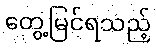
တွေ့မြင်ရသည့်